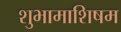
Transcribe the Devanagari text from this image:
शुभामाशिषम